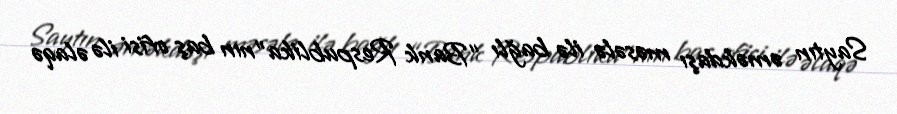
Saytın əməkdaşı məsələ ilə bağlı “Bank Respublika”nın baş ofisi ilə əlaqə